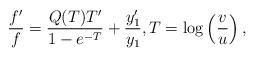
LaTeX: \begin{align*} \frac{f'}{f} = \frac{Q(T) T'}{1-e^{-T} } + \frac{y_1'}{y_1} , T = \log\left( \frac{v}{u} \right) , \end{align*}